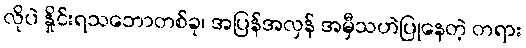
လိုပဲ နှိုင်းရသဘောတစ်ခု၊ အပြန်အလှန် အမှီသဟဲပြုနေတဲ့ တရား